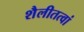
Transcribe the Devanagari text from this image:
शैलीतत्वां